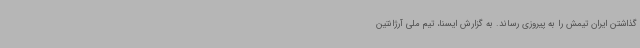
گذاشتن ایران تیمش را به پیروزی رساند. به گزارش ایسنا، تیم ملی آرژانتین